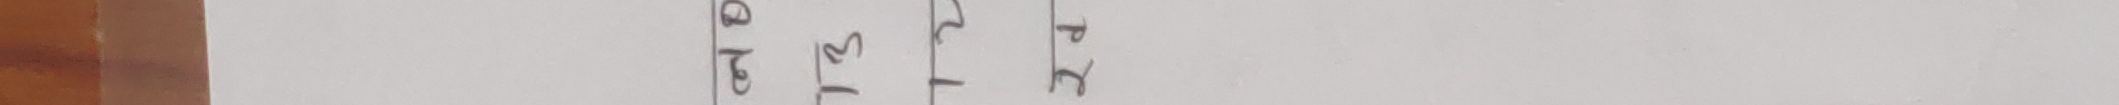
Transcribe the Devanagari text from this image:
बी२ १३१
R २